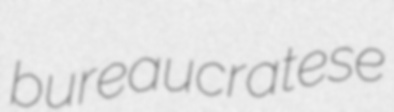
bureaucratese